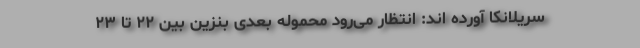
سریلانکا آورده اند‌: انتظار می‌رود محموله بعدی بنزین بین ۲۲ تا ۲۳